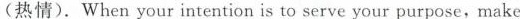
(热情).When your intention is to serve your purpose，make